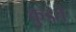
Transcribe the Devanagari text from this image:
कुडते